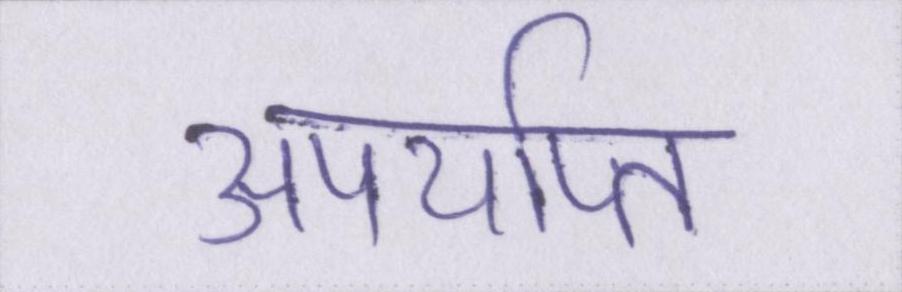
अपर्याप्त